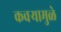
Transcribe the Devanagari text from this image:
कचर्‍यामुळे